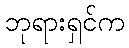
ဘုရားရှင်က